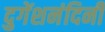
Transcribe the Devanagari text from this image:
दुगेंशनंदिनी